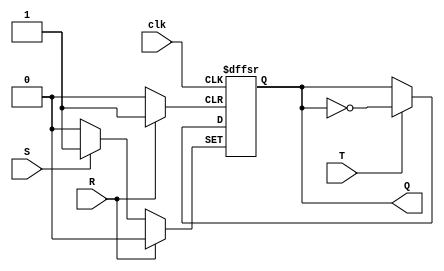
module T_FF (
    input wire T, 
    input wire S, 
    input wire R, 
    input wire clk, 
    output reg Q
);

always @ (posedge clk or posedge S or posedge R)
begin
    if (S)
        Q <= 1'b1;
    else if (R)
        Q <= 1'b0;
    else if (T)
        Q <= ~Q;
end

endmodule